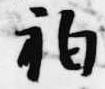
袙